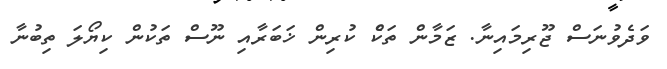
ވަދެވުނަސް ޖޫރިމައިނާ. ޒަމާން ތަކެް ކުރިން ޚަބަރާއި ނޫސް ތަކުން ކިޔޯލަ ތިބުނާ